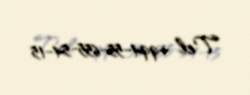
Tel +994-55-655-54-15